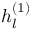
h _ { l } ^ { ( 1 ) }